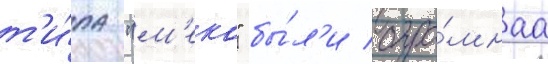
т'и́па "м'еко" бы́л'и огро́мнаа